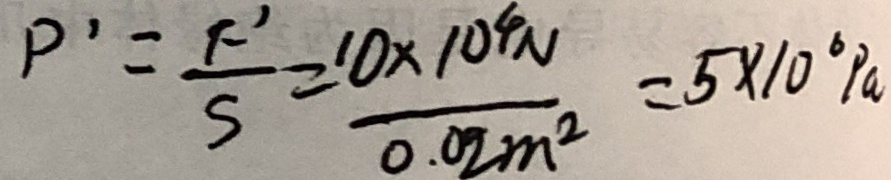
P ^ { \prime } = \frac { F ^ { \prime } } { S } = \frac { 1 0 \times 1 0 ^ { 4 } N } { 0 . 0 2 m ^ { 2 } } = 5 \times 1 0 ^ { 6 } P a